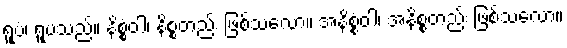
ရူပံ၊ ရူပသည်။ နိစ္စံဝါ၊ နိစ္စတည်း ဖြစ်သလော။ အနိစ္စံဝါ၊ အနိစ္စတည်း ဖြစ်သလော။